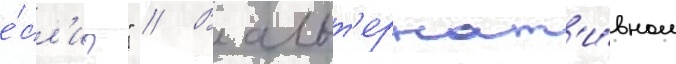
е́сл'и?" // В альт'ернат'и́вном